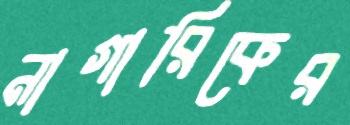
নাগারিকের